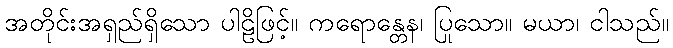
အတိုင်းအရှည်ရှိသော ပါဠိဖြင့်။ ကရောန္တေန၊ ပြုသော။ မယာ၊ ငါသည်။